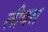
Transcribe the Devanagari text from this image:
लीवस